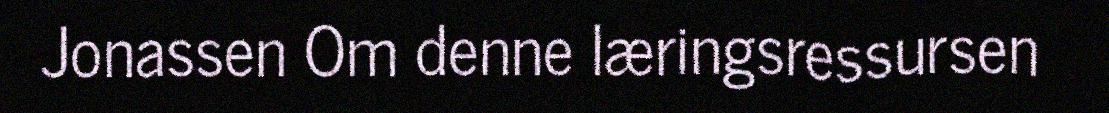
Jonassen Om denne læringsressursen